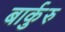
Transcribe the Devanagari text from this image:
बार्कुरु